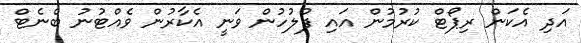
އަދި އެކަން ރިޕޯޓް ކުރުމުން އައި ފުލުހުން ވަނީ އެކާރުން ވެއްޓުނު ބެނެޓް